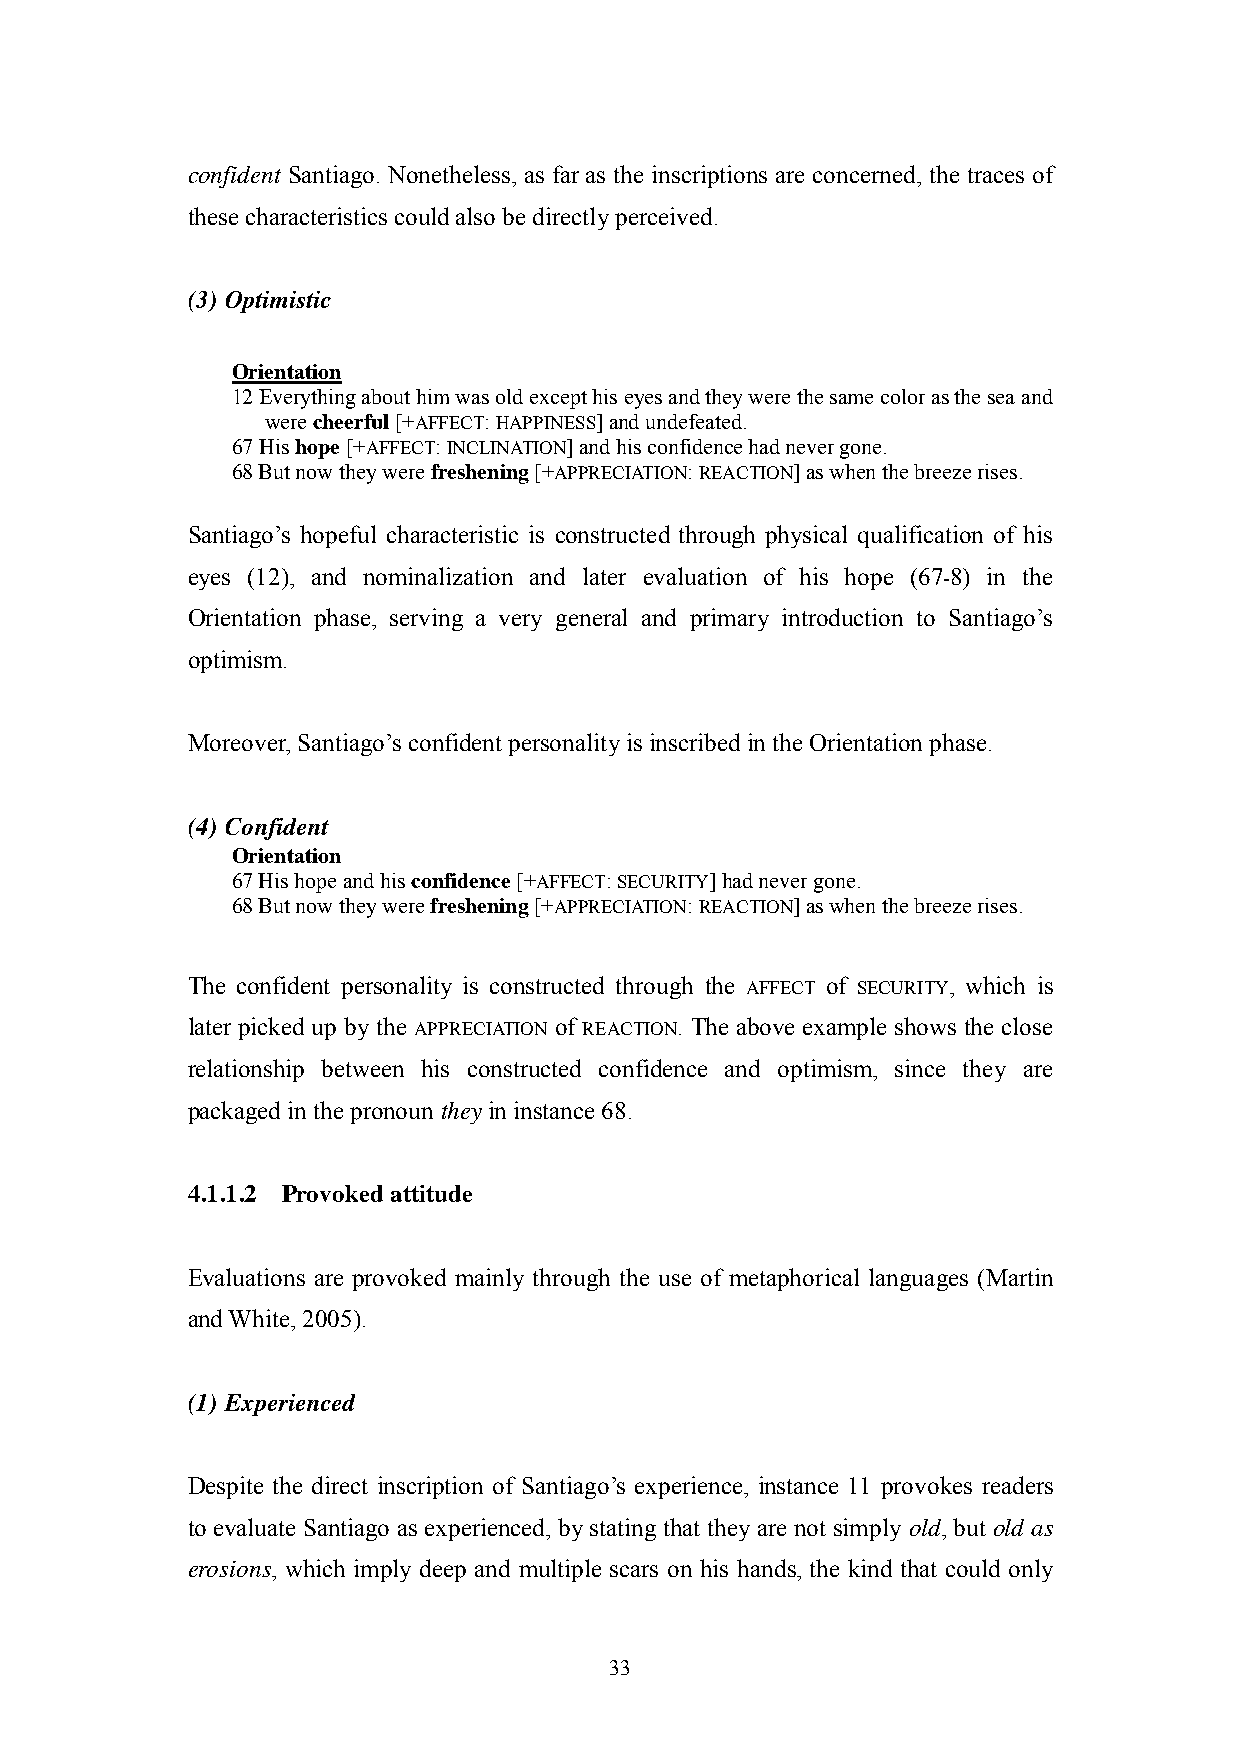
confident Santiago. Nonetheless, as far as the inscriptions are concerned, the traces of
 these characteristics could also be directly perceived.
 (3) Optimistic
 Orientation
 12 Everything about him was old except his eyes and they were the same color as the sea and
 were cheerful [+AFFECT: HAPPINESS] and undefeated.
 67 His hope [+AFFECT: INCLINATION] and his confidence had never gone.
 68 But now they were freshening [+APPRECIATION: REACTION] as when the breeze rises.
 Santiago‘s hopeful characteristic is constructed through physical qualification of his
 eyes (12), and nominalization and later evaluation of his hope (67-8) in the
 Orientation phase, serving a very general and primary introduction to Santiago‘s
 optimism.
 Moreover, Santiago‘s confident personality is inscribed in the Orientation phase.
 (4) Confident
 Orientation
 67 His hope and his confidence [+AFFECT: SECURITY] had never gone.
 68 But now they were freshening [+APPRECIATION: REACTION] as when the breeze rises.
 The confident personality is constructed through the AFFECT of SECURITY, which is
 later picked up by the APPRECIATION of REACTION. The above example shows the close
 relationship between his constructed confidence and optimism, since they are
 packaged in the pronoun they in instance 68.
 4.1.1.2 Provoked attitude
 Evaluations are provoked mainly through the use of metaphorical languages (Martin
 and White, 2005).
 (1) Experienced
 Despite the direct inscription of Santiago‘s experience, instance 11 provokes readers
 to evaluate Santiago as experienced, by stating that they are not simply old, but old as
 erosions, which imply deep and multiple scars on his hands, the kind that could only
 33